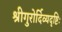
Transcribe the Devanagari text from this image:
श्रीगुरोर्दिव्यदृष्टिः